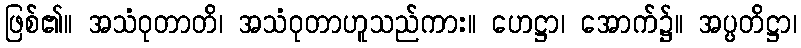
ဖြစ်၏။ အသံဝုတာတိ၊ အသံဝုတာဟူသည်ကား။ ဟေဋ္ဌာ၊ အောက်၌။ အပ္ပတိဋ္ဌာ၊